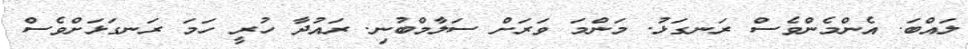
ލައްބަ. އެންމެންވެސް ރަނގަޅު. މަންމަ ވަރަށް ސަލާމްބުނި. ރައުދާ ހުރީ ހަމަ ރަނގަޅަށްވެސް